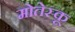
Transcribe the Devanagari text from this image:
मोतेस्कू